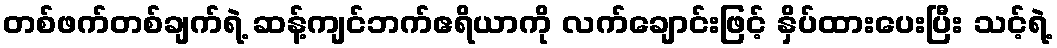
တစ်ဖက်တစ်ချက်ရဲ့ ဆန့်ကျင်ဘက်ဧရိယာကို လက်ချောင်းဖြင့် နှိပ်ထားပေးပြီး သင့်ရဲ့